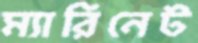
ম্যারিনেট